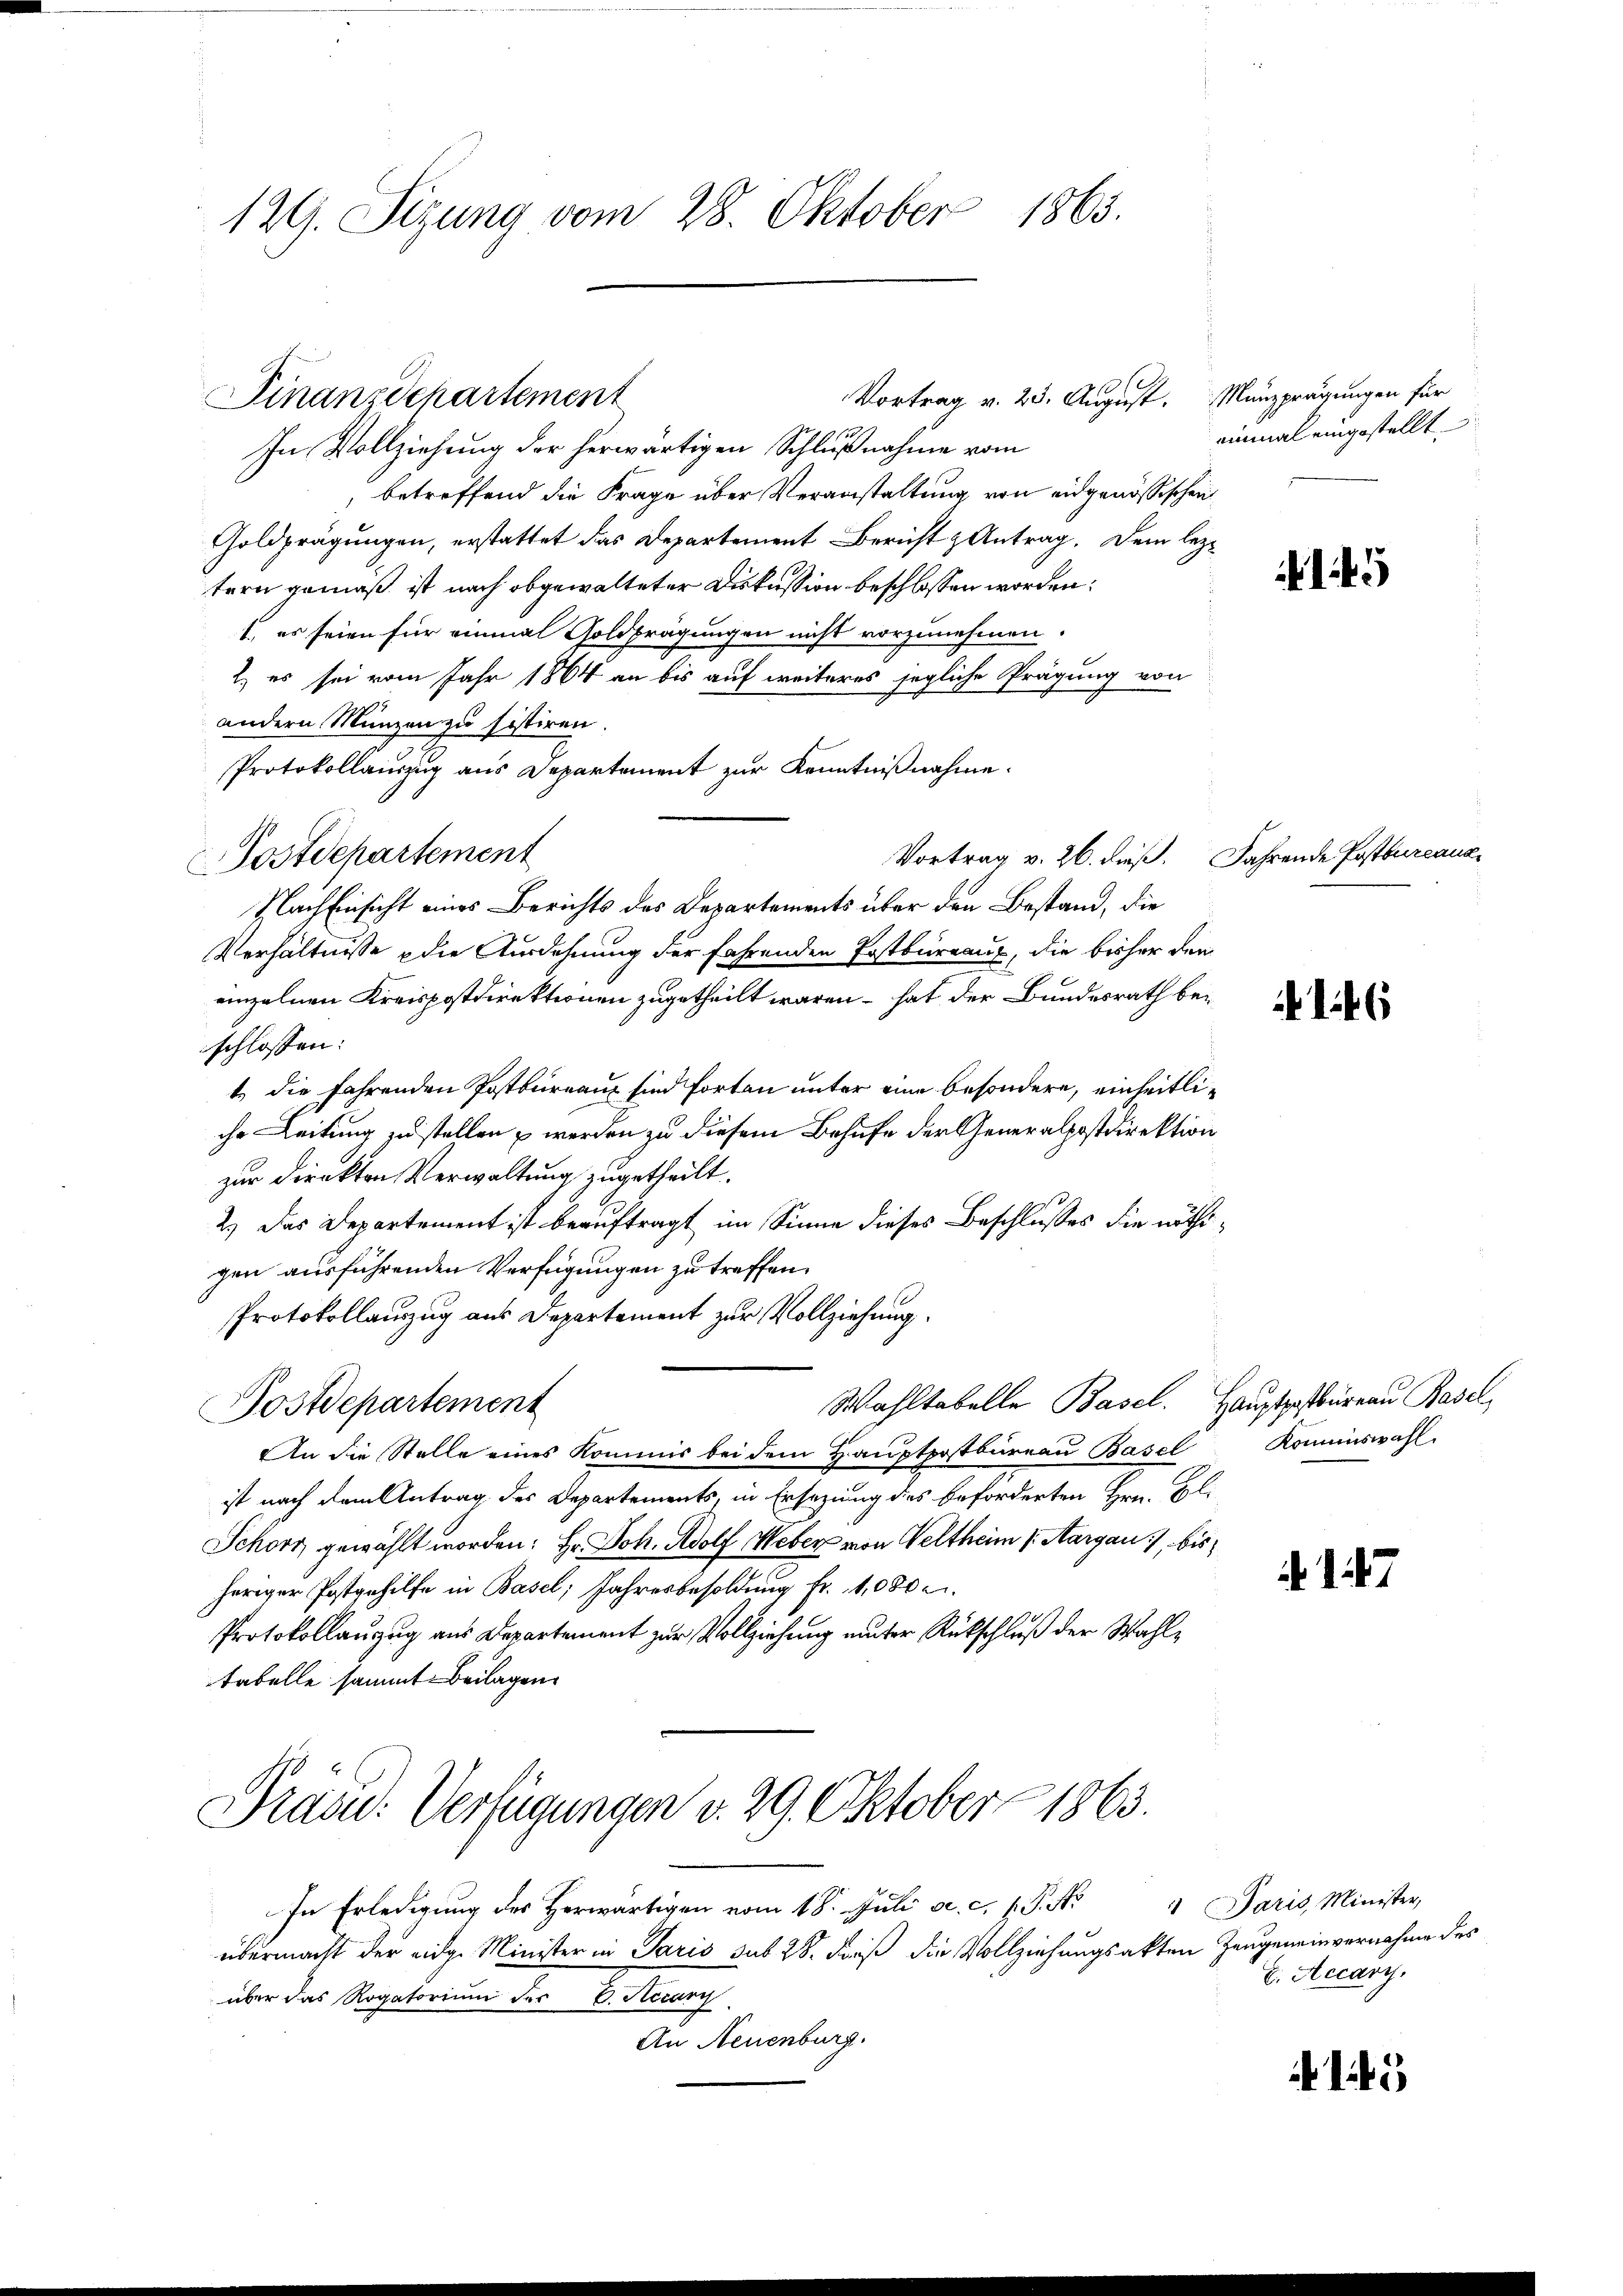
129. Sizung vom 28. Oktober 1863.

Vortrag v. 23. August. Münzprägungen für
9/10
In Vollziehung der herwärtigen Schließnahme vom
, betreffend die Frage über Veranstaltung von eidgenössischen
Goldprägungen, erstattet das Departement Bericht & Antrag. Dem leztern gemäß ist nach obgewalteter Diskussion beschlossen worden:
1. es seien für einmal Goldbrägungen nicht vorzunehmen.
2) es sei vom Jahr 1864 an bis auf weiteres jegliche Prägung von
andern Münzen zu sistiren.
Protokollauszug aus Departement zur Kenntnißnahme.
Postdepartement
Nach Einsicht eines Berichts des Departements über den Bestand, die
Verhältnisse die Ausdehnung der fahrenden Postbüreaux, die bisher den
einzelnen Kreispostdirektionen zugetheilt waren – hat der Bundesrath beschlossen:
t die fahrenden Postbureaus sind forten unter eine besondere, einheitliche Leitung zu stellen werden zu diesem Behufe der Generalpostdirektion
zur Direkten Verwaltung zugetheilt.
2.) Das Departement ist beauftragt im Sinne dieses Beschlusses die nöthigen ausführenden Verfügungen zu treffen.
Protokollauszug aus Departement zur Vollziehung.
Wahltabelle Basel. Hauptpostbureau Basel,
Postdepartement
An die Stelle eines Kommis bei dem Hauptpostbureau Basel Kommiswahl.
ist nach dem Antrag des Departements, in Ersezung des beforderten Hrn. Bl.
Schorn gewählt worden: Hr. Joh. Adolf Weber von Veltheim Aargau, bis
heriger Postgehilfe in Basel; Jahresbesoldung fr. 11,000 e
Protokollanzug aus Departement zur Vollziehung unter Rückschluß der Wahltabelle sammt Beilagen

Finanzdepartement

In Erledigung des Herwärtigen vom 18. Juli a. c. l. P. Nr. 1 Paris, Minister,
übermacht der eidg. Minister in Paris sub 28. daß die Vollziehungsakten Zeugeneinvernahme des
über das Rogatorium der E. Rccary
An Neuenburg.

Präsid. Verfügungen v. 29. Oktober 1863.

einmal eingestellt

Vortrag v. 26. dieß. Fahrende Postbureaus¬

146

17

E. Accary,